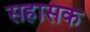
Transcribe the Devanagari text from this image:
सहासक